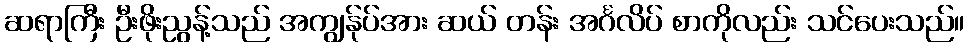
ဆရာကြီး ဦးဖိုးညွန့်သည် အကျွန်ုပ်အား ဆယ် တန်း အင်္ဂလိပ် စာကိုလည်း သင်ပေးသည်။